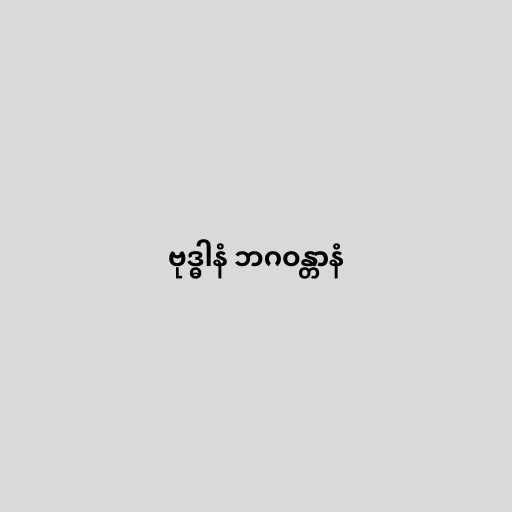
ဗုဒ္ဓါနံ ဘဂဝန္တာနံ